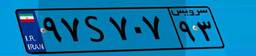
۳۷S۲۴۰۴۹